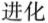
进化